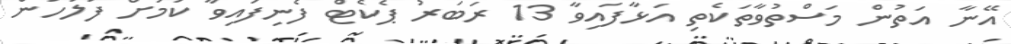
އޭނާ އަތުން މަސްތުވާތަކެތި އަޅާފައިވާ 13 ރަބަރު ޕެކެޓް ފެނިފައިވާ ކަމަށް ފުލުހުން